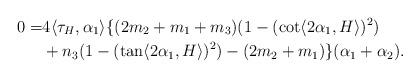
LaTeX: \begin{align*}0=&4\langle \tau_{H}, \alpha_{1} \rangle \{(2m_{2}+m_{1}+m_{3})(1-(\cot \langle 2\alpha_{1} , H\rangle )^{2})\\&+n_{3}(1-(\tan \langle 2\alpha_{1} , H\rangle )^{2})-(2m_{2}+m_{1})\}(\alpha_{1}+\alpha_{2}).\end{align*}